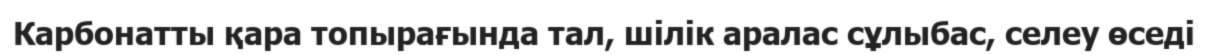
Карбонатты қара топырағында тал, шілік аралас сұлыбас, селеу өседі